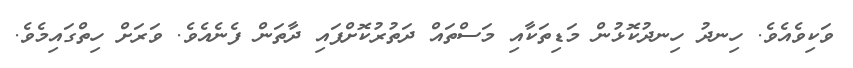
ވަކިވެއެވެ. ހިނދު ހިނދުކޮޅުން މަޑިތަކާއި މަސްތައް ދަތުރުކޮށްފައި ދާތަން ފެނެއެވެ. ވަރަށް ހިތްގައިމެވެ.